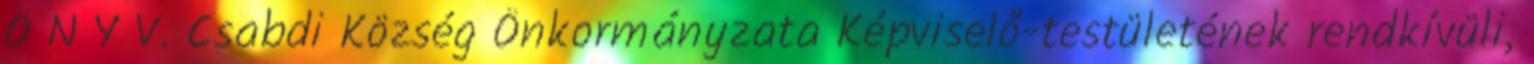
Ö N Y V. Csabdi Község Önkormányzata Képviselő-testületének rendkívüli,